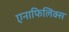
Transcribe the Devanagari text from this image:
एनाफिलिक्स